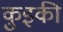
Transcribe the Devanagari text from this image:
कुइकी